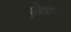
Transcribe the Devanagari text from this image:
अनेकोण